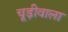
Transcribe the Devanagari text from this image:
चूड़ीवाला